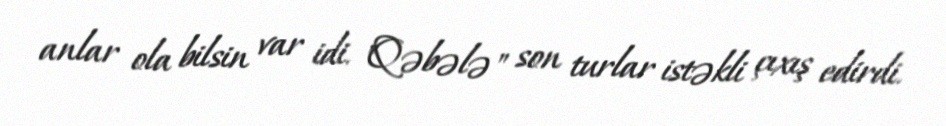
anlar ola bilsin var idi. "Qəbələ" son turlar istəkli çıxış edirdi.